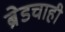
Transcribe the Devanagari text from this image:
ब्रेडचाही